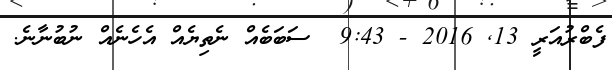
ފެބްރުއަރީ 13